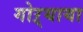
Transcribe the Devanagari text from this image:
गोऱ्याया